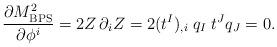
LaTeX: \begin{align*}{\partial M^2_{\rm BPS}\over \partial \phi^i} = 2 Z \, \partial_i Z = 2(t^I)_{,i} \; q_I \; t^J q_J =0.\end{align*}